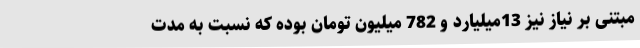
مبتنی بر نیاز نیز 13میلیارد و 782 میلیون تومان بوده که نسبت به مدت